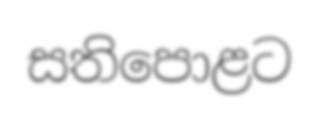
සතිපොළට